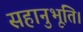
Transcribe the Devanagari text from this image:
सहानुभूति।